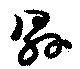
縣